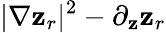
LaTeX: |\nabla\mathbf{z}_{r}|^{2}-\partial_{\mathbf{z}}\mathbf{z}_{r}